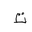
Letter: _ta